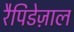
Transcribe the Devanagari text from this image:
रैपिडेज़ाल